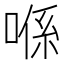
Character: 喺